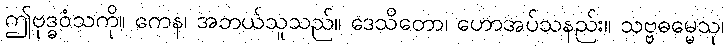
ဤဗုဒ္ဓဝံသကို။ ကေန၊ အဘယ်သူသည်။ ဒေသိတော၊ ဟောအပ်သနည်း။ သဗ္ဗဓမ္မေသု၊